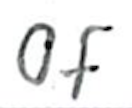
Text: of
Cross-out: clean
Writing tool: ballpoint